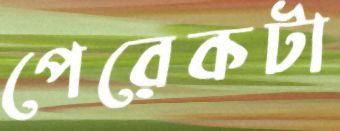
পেরেকটা